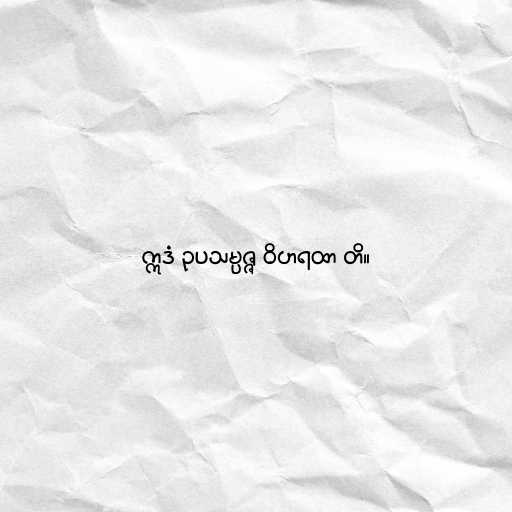
ဣဒံ ဥပသမ္ပဇ္ဇ ဝိဟရထာ တိ။